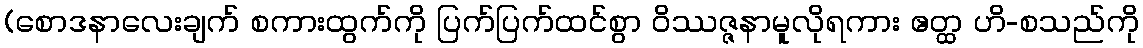
(စောဒနာလေးချက် စကားထွက်ကို ပြက်ပြက်ထင်စွာ ဝိဿဇ္ဇနာမူလိုရကား ဧတ္ထ ဟိ-စသည်ကို